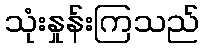
သုံးနှုန်းကြသည်